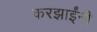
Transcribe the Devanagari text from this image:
करझाईंनी